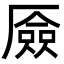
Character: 厱